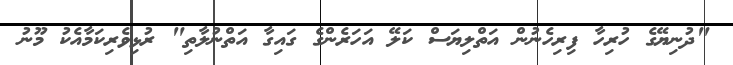
"ދުނިޔޭގެ ހުރިހާ ފިރިހެނުން އަތްލިޔަސް ކަލޭ އަހަރެންގެ ގައިގާ އަތްނުލާތި" ރުޅިވެރިކަމާއެކު މޫނު